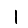
Digit: 1